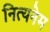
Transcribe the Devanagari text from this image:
नित्यनेम